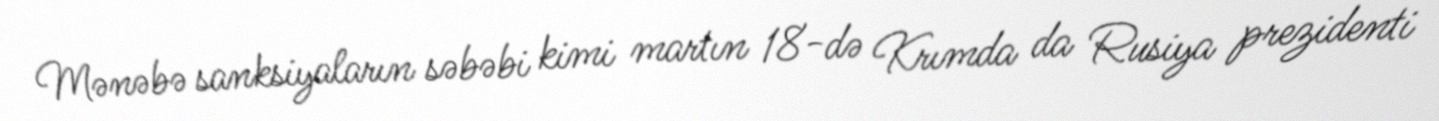
Mənəbə sanksiyaların səbəbi kimi martın 18-də Krımda da Rusiya prezidenti